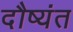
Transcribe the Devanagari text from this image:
दौष्यंत